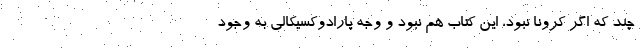
چند که اگر کرونا نبود، این کتاب هم نبود و وجه پارادوکسیکالی به وجود